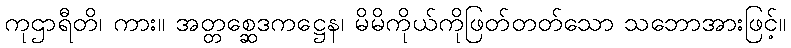
ကုဌာရီတိ၊ ကား။ အတ္တစ္ဆေဒကဋ္ဌေန၊ မိမိကိုယ်ကိုဖြတ်တတ်သော သဘောအားဖြင့်။